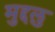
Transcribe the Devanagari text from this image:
मुद्दलु